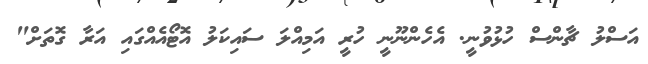
އަސްލު ޗާންސް ހުޅުވުނީ. އެހެންނޫނީ ހުރީ އަމިއްލަ ސައިކަލު އޮޓޯއެއްގައި އަރާ ގޮތަށް"